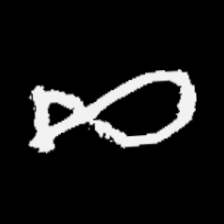
Pyu character \u2014 Myanmar letter: ဆ (romanized: cha)